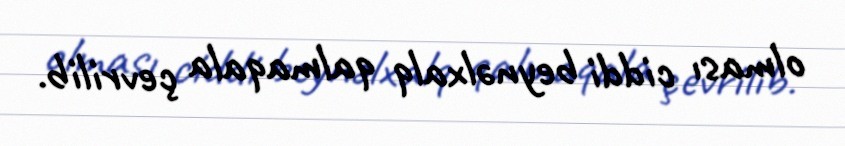
olması ciddi beynəlxalq qalmaqala çevrilib.